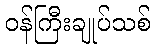
ဝန်ကြီးချုပ်သစ်